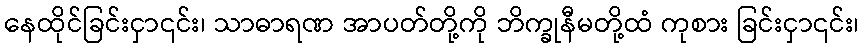
နေထိုင်ခြင်းငှာ၎င်း၊ သာဓာရဏ အာပတ်တို့ကို ဘိက္ခုနီမတို့ထံ ကုစား ခြင်းငှာ၎င်း၊